kultuurilooline_kollektsioon, lk 55
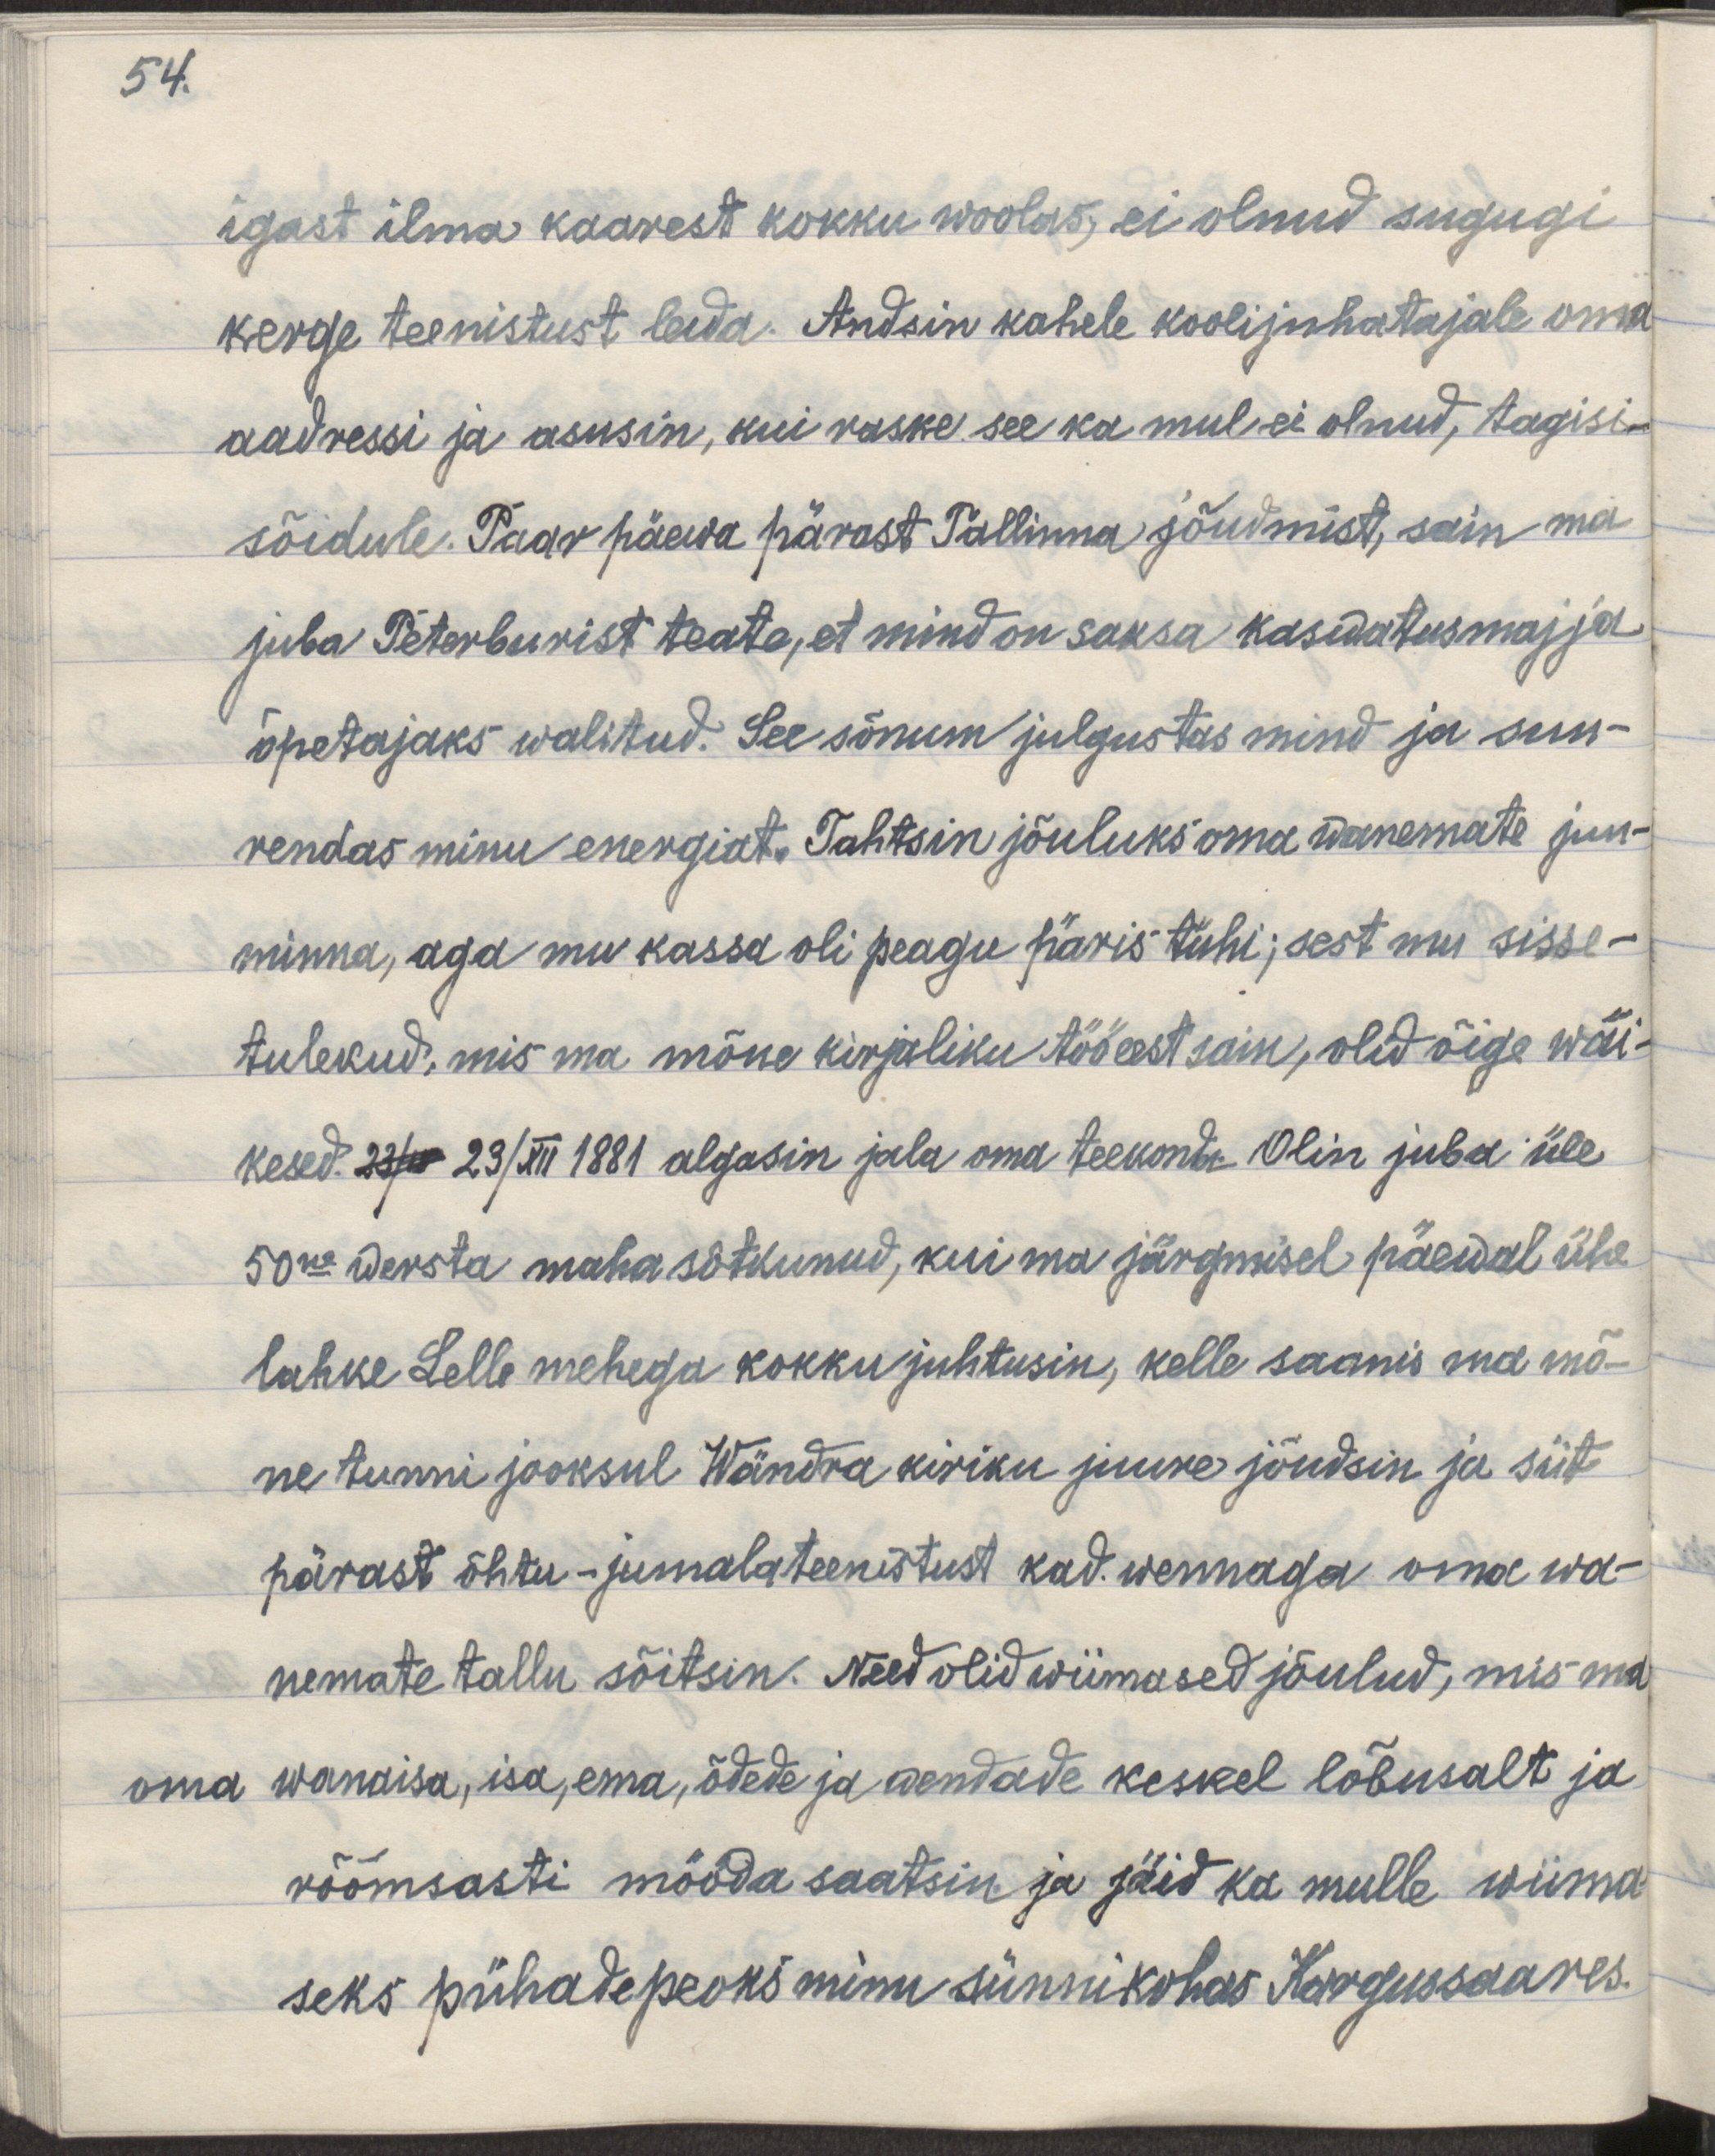
54.

igast ilma kaarest kokku woolas, ei olnud sugugi
kerge teenistust leida. Andsin kahele koolijuhatajale oma
aadressi ja asusin, kui raske see ka mul ei olnud, tagisi-
sõidule. Paar päewa pärast Tallinna jõudmist sain ma 
juba Peterburist teate, et mind on saksa kaswatusmajja
õpetajaks walitud. See sõnum julgustas mind ja suu-
rendas minu energiat. Tahtsin jõuluks oma wanemate juu-
minna, aga mu kassa oli peagu päris tühi; sest mu sisse-
tulekud, mis ma mõne kirjaliku töö eest sain, olid õige wäi-
kesed 23/12 23/XII 1881 algasin jala oma teekonda. Olin juba üle
50ne  wersta maha sõtkunud, kui ma järgmisel päewal ühe
lahke Lelle mehega kokku juhtusin, kelle saanis ma mõ-
ne tunni jooksul Wändra kiriku juure jõudsin ja siit
pärast õhtu-jumalateenistust kad. wennaga oma wa-
nemate tallu sõitsin. Need olid wiimased jõulud, mis ma 
oma wanaisa, isa, ema, õdede ja wendade keskel lõbusalt ja
rõõmsasti mööda saatsin ja jäid ka mulle wiima
seks pühadepeoks minu sünnikohas Kargussaares.